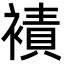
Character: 襀